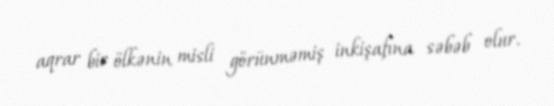
aqrar bir ölkənin misli görünməmiş inkişafına səbəb olur.